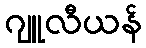
ဂျူလီယန်